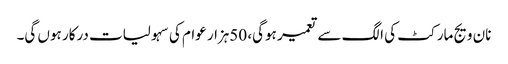
نان ویج مارکٹ کی الگ سے تعمیر ہوگی، 50ہزار عوام کی سہولیات درکار ہوں گی۔